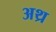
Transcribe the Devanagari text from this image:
अथ्र